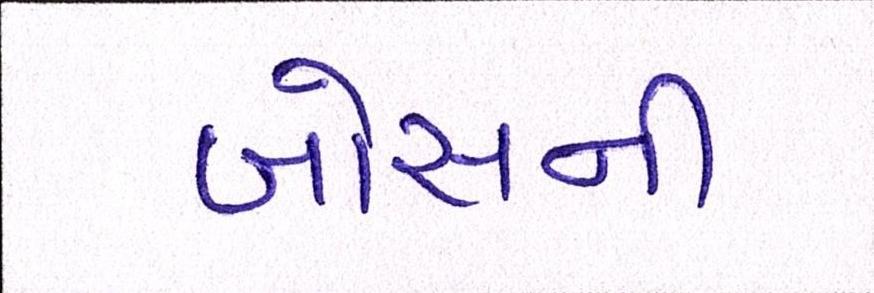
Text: બોસની